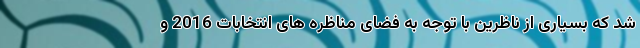
شد که بسیاری از ناظرین با توجه به فضای مناظره های انتخابات 2016 و